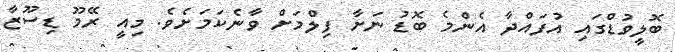
ބޮލީވުޑްގައި އުފައްދާ އެންމެ ބޮޑު ނަށާ ފިލްމަށް ވާނެކަމަށެވެ. މިއީ ރޭމޫ ޑިސޫޒާ